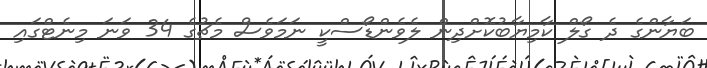
ބަޔާންގެ ދެ ގޯލް ކާމިޔާބުކޮށްދިން ލެވެންޑޯސްކީ ނަމަވެސް މެޗުގެ 34 ވަނަ މިނެޓްގައި